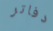
دفاتر